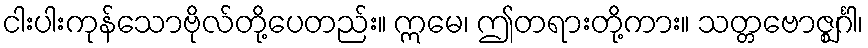
ငါးပါးကုန်သောဗိုလ်တို့ပေတည်း။ ဣမေ၊ ဤတရားတို့ကား။ သတ္တဗောဇ္ဈင်္ဂါ၊